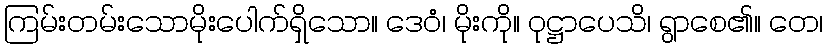
ကြမ်းတမ်းသောမိုးပေါက်ရှိသော။ ဒေဝံ၊ မိုးကို။ ဝုဋ္ဌာပေသိ၊ ရွာစေ၏။ တေ၊